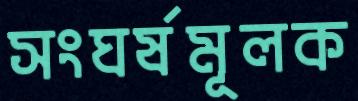
সংঘর্ষমূলক